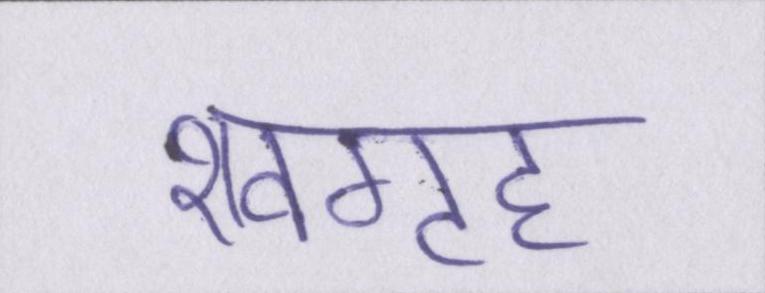
शवगृह